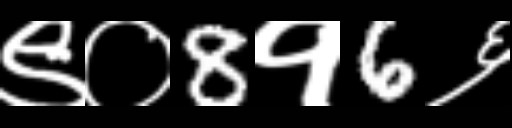
Text: ९०8१6६